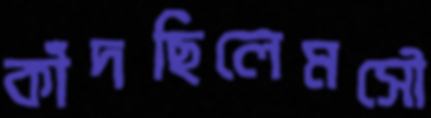
কাঁদছিলেমসৌ